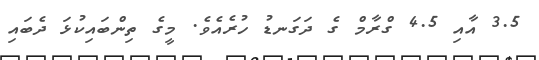
3.5 އާއި 4.5 ގްރާމް ގެ ދަގަނޑު ހުރެއެވެ. މީގެ ތިންބައިކުޅަ ދެބައި